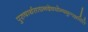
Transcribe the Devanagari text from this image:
पुरुषार्थसाधनदेवयोग्यमुत्पन्नमिति